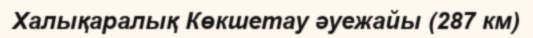
Халықаралық Көкшетау әуежайы (287 км)